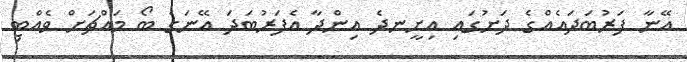
އޭނާ ފަރުބަދައެއްގެ ދަށުގައި އިށީނދެ އިންދާ އެފަރުބަދަ އޭނަގެ ބޯ މައްޗަށް ވެއްޓި